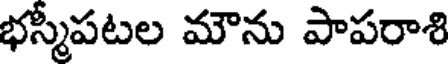
భస్మీపటల మౌను పాపరాశి